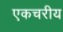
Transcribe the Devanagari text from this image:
एकचरीय